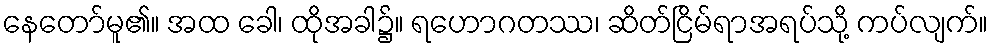
နေတော်မူ၏။ အထ ခေါ၊ ထိုအခါ၌။ ရဟောဂတဿ၊ ဆိတ်ငြိမ်ရာအရပ်သို့ ကပ်လျက်။